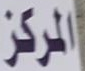
المركز